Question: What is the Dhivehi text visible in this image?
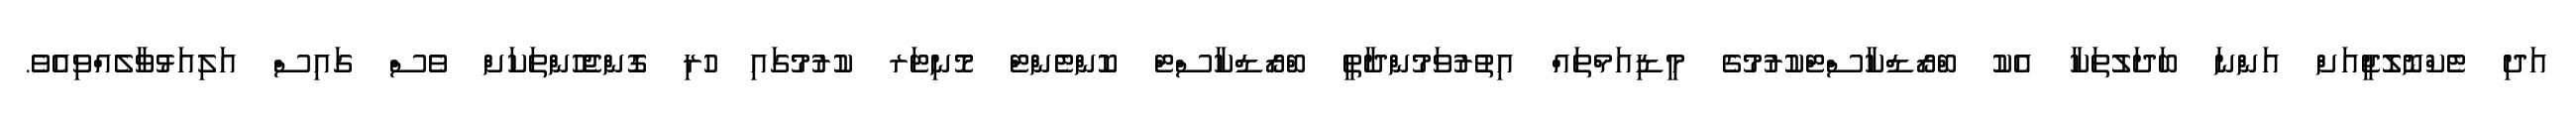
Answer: އަދި ޓެކްނޮލޮޖީއަށް އަންނަ ބަދަލުތަކާ އެކު ބްރޯޑްކާސްޓްކުރުމުގެ މީޑިއަމްތައް އިތުރުވަމުންދާތީ ބްރޯޑްކާސްޓް ކޮންޓެންޓް މޮނިޓަރ ކުރުމުގައި ހުރި ގޮންޖެހުންތަކަށް ވެސް ގައިސް އަލިއަޅުވާލެއްވިއެވެ.